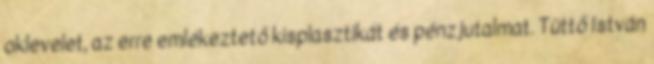
oklevelet, az erre emlékeztető kisplasztikát és pénzjutalmat. Tüttő István